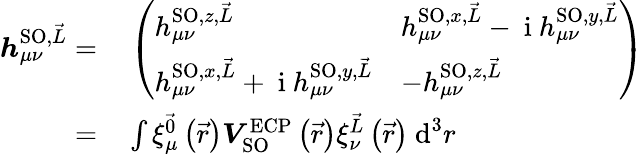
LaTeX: \begin{array}{rl}{\boldsymbol{h}_{\mu\nu}^{\textrm{SO},\vec{L}}=}&{{}\left(\begin{array}{ll}{h_{\mu\nu}^{\textrm{SO},z,\vec{L}}}&{h_{\mu\nu}^{\textrm{SO},x,\vec{L}}-\mathrm{~i~}h_{\mu\nu}^{\textrm{SO},y,\vec{L}}}\\ {h_{\mu\nu}^{\textrm{SO},x,\vec{L}}+\mathrm{~i~}h_{\mu\nu}^{\textrm{SO},y,\vec{L}}}&{-h_{\mu\nu}^{\textrm{SO},z,\vec{L}}}\end{array}\right)}\\ {=}&{{}\int\xi_{\mu}^{\vec{0}}\left(\vec{r}\right)\boldsymbol{V}_{\textrm{SO}}^{\textrm{ECP}}\left(\vec{r}\right)\xi_{\nu}^{\vec{L}}\left(\vec{r}\right)~\textrm{d}^{3}r}\end{array}